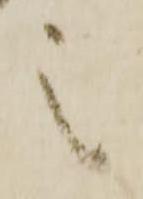
之